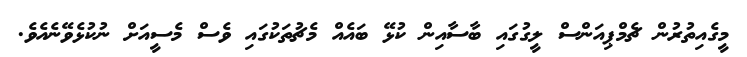
މީގެއިތުރުން ޗެމްޕިއަންސް ލީގުގައި ބާސާއިން ކުޅޭ ބައެއް މެޗުތަކުގައި ވެސް މެސީއަށް ނުކުޅެވޭނެއެވެ.